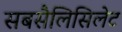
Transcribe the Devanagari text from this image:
सबसैलिसिलेट